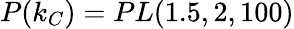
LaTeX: P(k_{C})=PL(1.5,2,100)